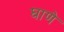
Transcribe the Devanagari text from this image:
घाणे